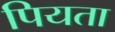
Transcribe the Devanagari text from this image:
पियता